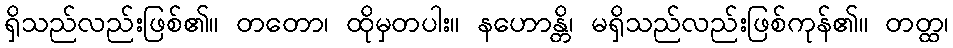
ရှိသည်လည်းဖြစ်၏။ တတော၊ ထိုမှတပါး။ နဟောန္တိ၊ မရှိသည်လည်းဖြစ်ကုန်၏။ တတ္ထ၊